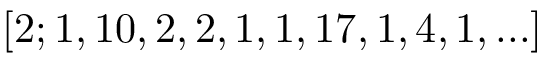
[ 2 ; 1 , 1 0 , 2 , 2 , 1 , 1 , 1 7 , 1 , 4 , 1 , . . . ]